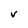
Character: V